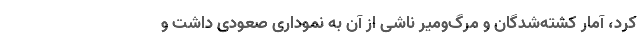
کرد، آمار کشته‌شدگان و مرگ‌ومیر ناشی از آن به نموداری صعودی داشت و